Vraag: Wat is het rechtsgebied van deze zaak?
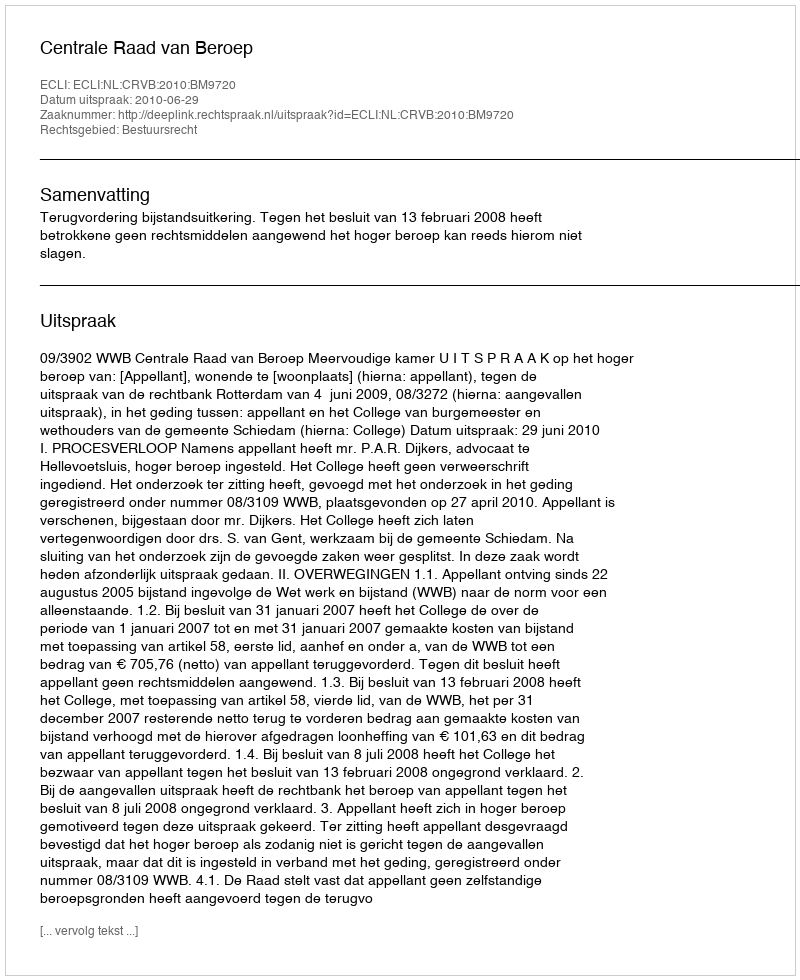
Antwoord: Bestuursrecht